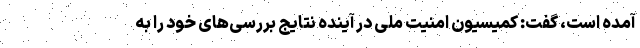
آمده است، گفت: کمیسیون امنیت ملی در آینده نتایج بررسی‌های خود را به